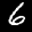
Label: 6